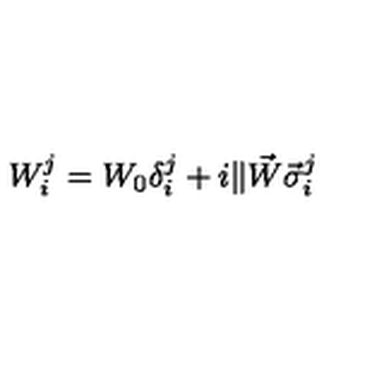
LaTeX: W _ { i } ^ { j } = W _ { 0 } \delta _ { i } ^ { j } + i \| \vec { W } \vec { \sigma } _ { i } ^ { j }